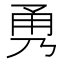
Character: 𭺹